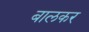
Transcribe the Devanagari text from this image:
बालकर